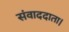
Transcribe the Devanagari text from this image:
संवाददाता।